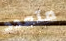
متعدد